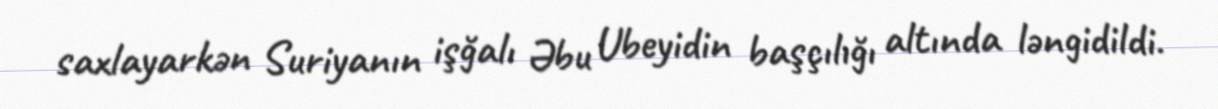
saxlayarkən Suriyanın işğalı Əbu Ubeyidin başçılığı altında ləngidildi.